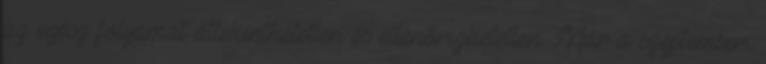
az egész folyamat áttekinthetetlen és ellenőrizhetetlen. Már a szeptemberi